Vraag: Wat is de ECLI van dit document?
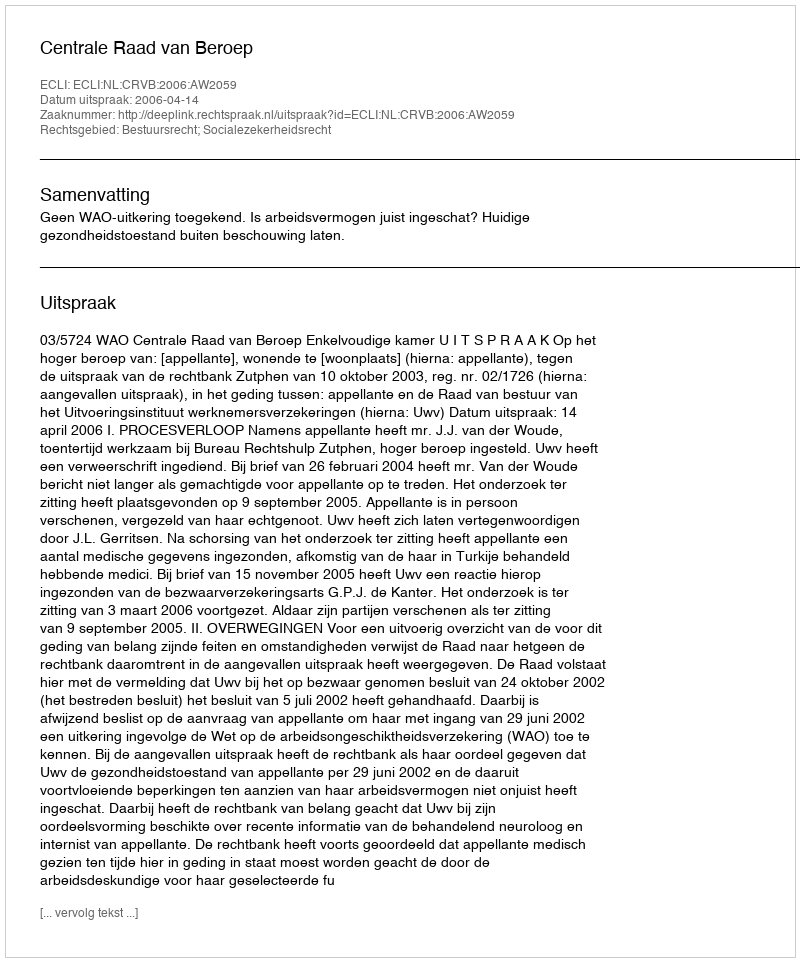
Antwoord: ECLI:NL:CRVB:2006:AW2059